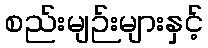
စည်းမျဉ်းများနှင့်